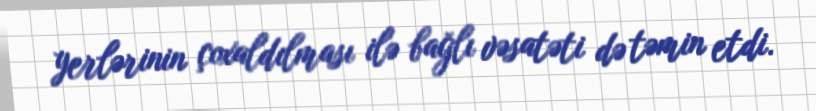
yerlərinin çoxaldılması ilə bağlı vəsatəti də təmin etdi.